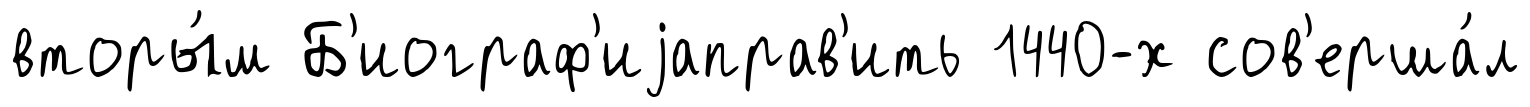
вторы́м Б'иограф'иjаправ'ить 1440-х сов'ерша́л